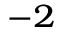
^ { - 2 }